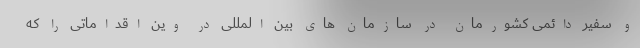
و سفیر دائمی کشورمان در سازمان های بین المللی در وین اقداماتی را که